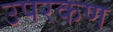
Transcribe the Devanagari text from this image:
उपरकण